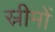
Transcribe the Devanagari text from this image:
स्रीमों